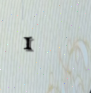
1